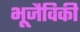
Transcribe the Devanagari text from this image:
भूजैविकी